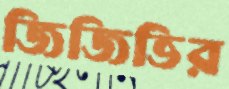
জিজিভির